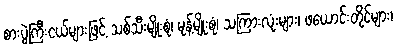
စားပွဲကြီးငယ်များဖြင့် သစ်သီးမျိုးစုံ၊ မုန့်မျိုးစုံ၊ သကြားလုံးများ၊ ဖယောင်းတိုင်များ၊